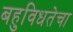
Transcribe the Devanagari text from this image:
बहुविधतेचा